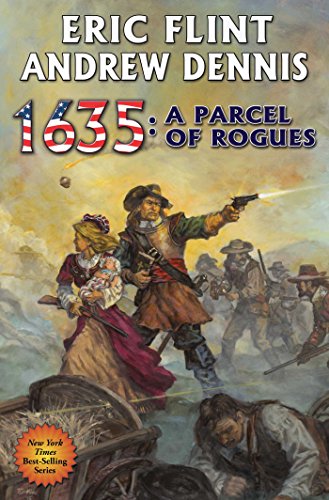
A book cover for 1635: A Parcel of Rogues (The Ring of Fire); Eric Flint; Science Fiction & Fantasy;